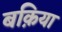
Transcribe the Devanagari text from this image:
बक़िया